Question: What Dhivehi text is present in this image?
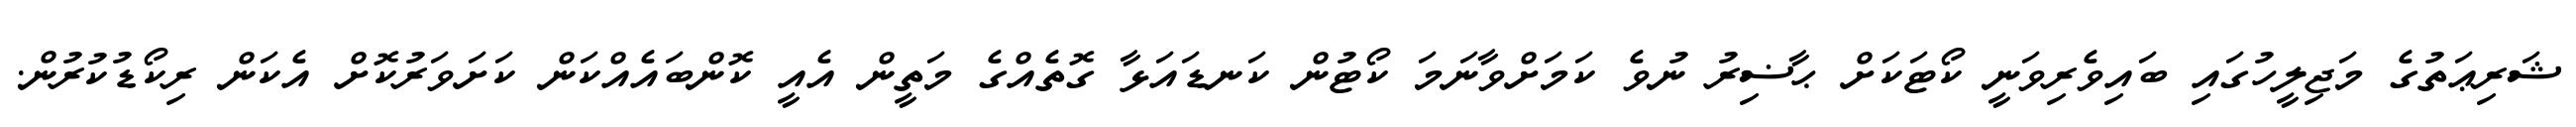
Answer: ޝަރިޢަތުގެ މަޖިލީހުގައި ބައިވެރިވަނީ ކޯޓަކަށް ޙާޟިރު ނުވެ ކަމަށްވާނަމަ ކޯޓުން ކަނޑައަޅާ ގޮތެއްގެ މަތީން އެއީ ކޮންބައެއްކަން ކަށަވަރުކޮށް އެކަން ރިކޯޑުކުރުން.